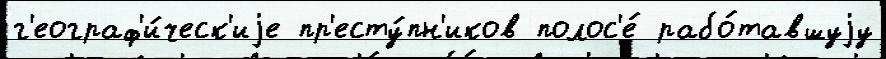
г'еограф'и́ческ'иjе пр'есту́пн'иков полос'е́ рабо́тавшуjу